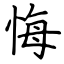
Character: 悔